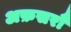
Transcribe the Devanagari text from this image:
अफ़सरौं